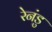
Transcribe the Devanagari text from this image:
रेनंडु